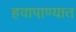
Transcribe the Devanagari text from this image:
हवापाण्यात